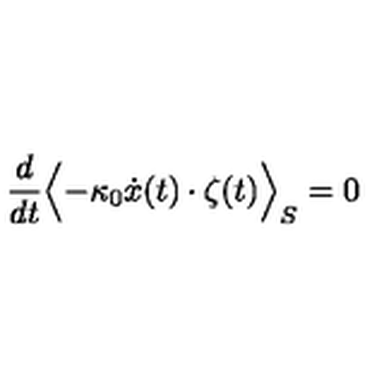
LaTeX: \frac { d } { d t } \Bigl < - \kappa _ { 0 } \dot { x } ( t ) \cdot \zeta ( t ) \Bigr > _ { S } = 0